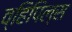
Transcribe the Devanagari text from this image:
व्हिपिल्स